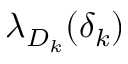
\lambda _ { D _ { k } } ( \delta _ { k } )